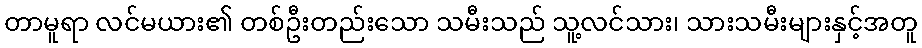
တာမူရာ လင်မယား၏ တစ်ဦးတည်းသော သမီးသည် သူ့လင်သား၊ သားသမီးများနှင့်အတူ